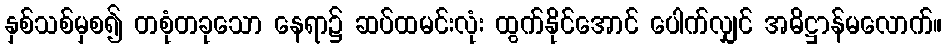
နှစ်သစ်မှစ၍ တစုံတခုသော နေရာ၌ ဆပ်ထမင်းလုံး ထွက်နိုင်အောင် ပေါက်လျှင် အဓိဋ္ဌာန်မလောက်။